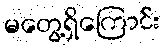
မတွေ့ရှိကြောင်း